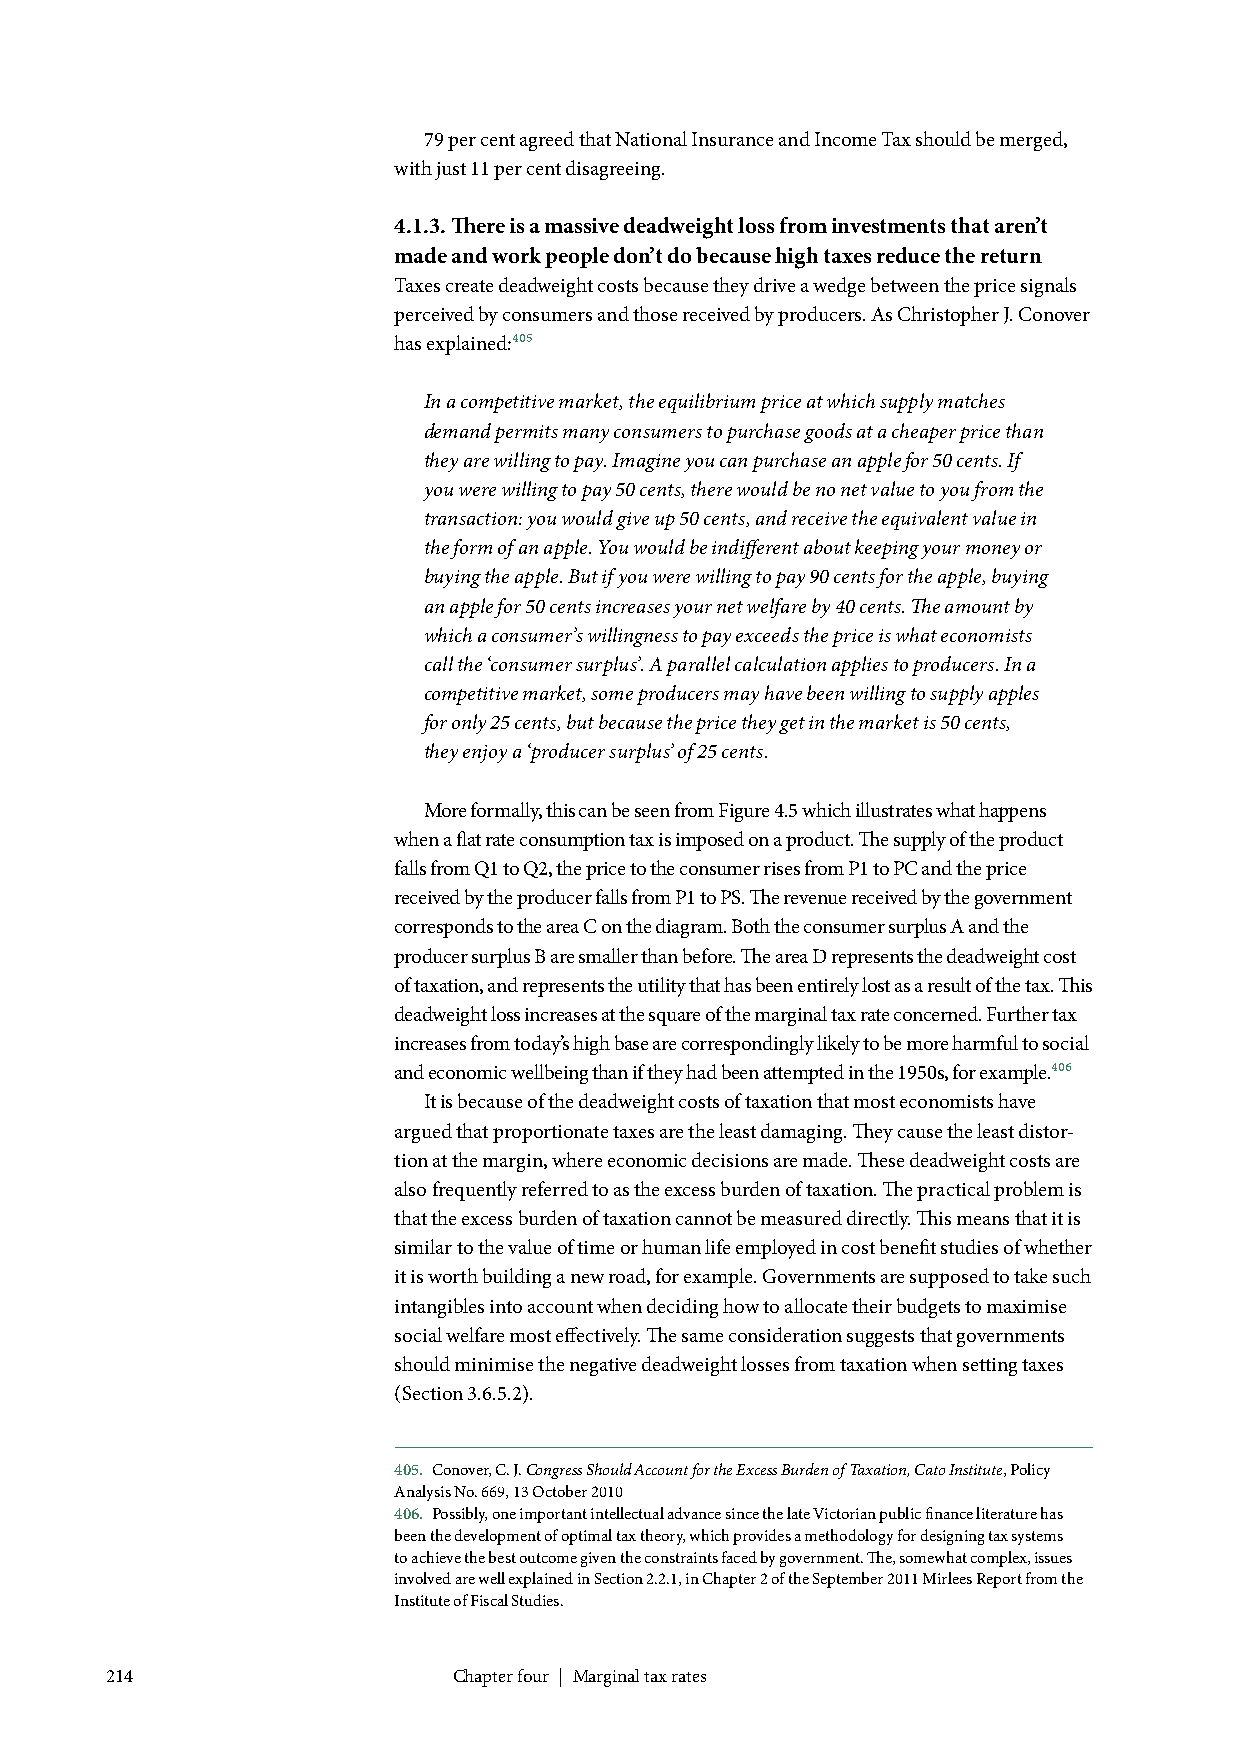
79 per cent agreed that National Insurance and Income Tax should be merged,
 with just 11 per cent disagreeing.
 4.1.3. There is a massive deadweight loss from investments that aren’t
 made and work people don’t do because high taxes reduce the return
 Taxes create deadweight costs because they drive a wedge between the price signals
 perceived by consumers and those received by producers. As Christopher J. Conover
 has explained:405
 In a competitive market, the equilibrium price at which supply matches
 demand permits many consumers to purchase goods at a cheaper price than
 they are willing to pay. Imagine you can purchase an apple for 50 cents. If
 you were willing to pay 50 cents, there would be no net value to you from the
 transaction: you would give up 50 cents, and receive the equivalent value in
 the form of an apple. You would be indifferent about keeping your money or
 buying the apple. But if you were willing to pay 90 cents for the apple, buying
 an apple for 50 cents increases your net welfare by 40 cents. The amount by
 which a consumer’s willingness to pay exceeds the price is what economists
 call the ‘consumer surplus’. A parallel calculation applies to producers. In a
 competitive market, some producers may have been willing to supply apples
 for only 25 cents, but because the price they get in the market is 50 cents,
 they enjoy a ‘producer surplus’ of 25 cents.
 More formally, this can be seen from Figure 4.5 which illustrates what happens
 when a flat rate consumption tax is imposed on a product. The supply of the product
 falls from Q1 to Q2, the price to the consumer rises from P1 to PC and the price
 received by the producer falls from P1 to PS. The revenue received by the government
 corresponds to the area C on the diagram. Both the consumer surplus A and the
 producer surplus B are smaller than before. The area D represents the deadweight cost
 of taxation, and represents the utility that has been entirely lost as a result of the tax. This
 deadweight loss increases at the square of the marginal tax rate concerned. Further tax
 increases from today’s high base are correspondingly likely to be more harmful to social
 and economic wellbeing than if they had been attempted in the 1950s, for example.406
 It is because of the deadweight costs of taxation that most economists have
 argued that proportionate taxes are the least damaging. They cause the least distor-
 tion at the margin, where economic decisions are made. These deadweight costs are
 also frequently referred to as the excess burden of taxation. The practical problem is
 that the excess burden of taxation cannot be measured directly. This means that it is
 similar to the value of time or human life employed in cost benefit studies of whether
 it is worth building a new road, for example. Governments are supposed to take such
 intangibles into account when deciding how to allocate their budgets to maximise
 social welfare most effectively. The same consideration suggests that governments
 should minimise the negative deadweight losses from taxation when setting taxes
 (Section 3.6.5.2).
 405. Conover, C. J. Congress Should Account for the Excess Burden of Taxation, Cato Institute, Policy
 Analysis No. 669, 13 October 2010
 406. Possibly, one important intellectual advance since the late Victorian public finance literature has
 been the development of optimal tax theory, which provides a methodology for designing tax systems
 to achieve the best outcome given the constraints faced by government. The, somewhat complex, issues
 involved are well explained in Section 2.2.1, in Chapter 2 of the September 2011 Mirlees Report from the
 Institute of Fiscal Studies.
 214                    Chapter four | Marginal tax rates